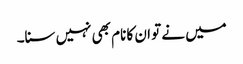
میں نے تو ان کا نام بھی نہیں سنا۔